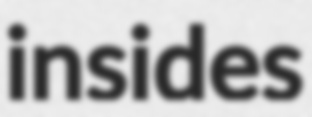
insides